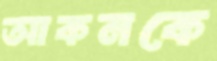
আকনকে